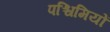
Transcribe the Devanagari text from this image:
पश्चिमियों